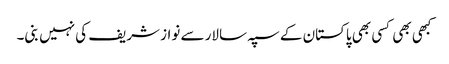
کبھی بھی کسی بھی پاکستان کے سپہ سالار سے نواز شریف کی نہیں بنی۔